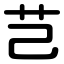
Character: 芑